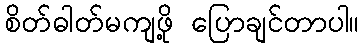
စိတ်ဓါတ်မကျဖို့ ပြောချင်တာပါ။